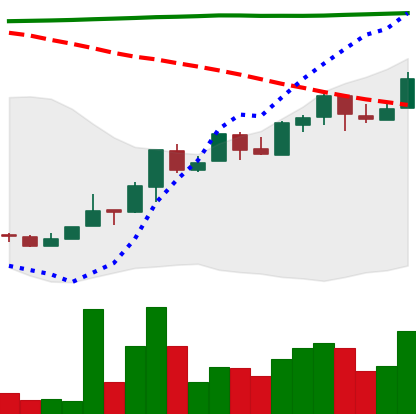
Ticker: NEO-USD
Chart end date: 2018-04-24
Forward return: 9.713%
Label: up_7plus